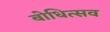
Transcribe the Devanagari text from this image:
बोधित्सव